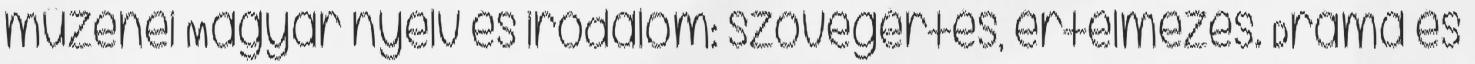
műzenei Magyar nyelv és irodalom: szövegértés, értelmezés. Dráma és